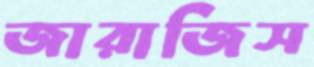
জারাজিস